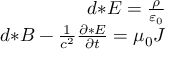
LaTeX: \begin{array} { r } { d { * } E = { \frac { \rho } { \varepsilon _ { 0 } } } } \\ { d { * } B - { \frac { 1 } { c ^ { 2 } } } { \frac { \partial { * } E } { \partial t } } = { \mu _ { 0 } } J } \end{array}